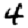
Digit: 4